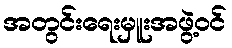
အတွင်းရေးမှူးအဖွဲ့ဝင်